system: You are a helpful assistant.
user:
Analyze the provided spectrum to determine if it is a **Carbon Star (C-type)**.

- **Key Visual Indicators of Carbon Star:**
    - **(Primary):** Strong molecular absorption from **C₂ (diatomic carbon) "Swan Bands."** This is the **defining feature** of a carbon star.
        - **(Key Bandheads):** Sharp absorption edges are visible at approximately $5635$ Å, $5165$ Å (the strongest band), and $4737$ Å.
        - **(Line Profile):** Creates a distinct **"saw-tooth"** pattern. The key morphology is a sharp, steep bandhead on the **red (long-wavelength) side**, which then gradually tapers off (i.e., flux recovers) towards the **blue (short-wavelength) side**. *(This is the direct opposite of the TiO bands seen in M-type stars)*.

    - **(Secondary):** Intense **CN (cyanogen)** molecular absorption bands.
        - **(Key Bandheads):** Located in the blue and violet regions of the spectrum (e.g., near $4215$ Å and $3883$ Å).
        - **(Morphology):** These bands are extremely broad and act as a "blanket," absorbing the vast majority of blue and violet light. This creates a characteristic **"cliff"** or **"steep drop-off"** in the spectrum's flux at short wavelengths.

    - **(Key Confirmation):** Strong **CH absorption band (G-band)**.
        - **(Key Bandhead):** Located around $4300$ Å. The contribution from CH molecules to this band is exceptionally strong.

    - **(Overall Spectrum):**
        - The continuum is severely "chopped up" by these deep molecular bands, especially C₂, rather than appearing as a smooth curve.
        - Due to the heavy CN and C₂ absorption in the blue-green, the vast majority of the star's flux is concentrated in the red part of the spectrum, giving the star its characteristic deep red color.

Think first, call **spectral_visualization_tool** if needed to examine features in detail, then provide your final answer. Your response must adhere to the following strict rules:
1.  **Overall Structure:** Your response must follow the format `<think>...</think> <tool_call>...</tool_call> (if a tool is used) <answer>...</answer>`.
2.  **Tool Usage Constraint:** You may only make **one** tool call per turn.
3.  **Final Answer Format:** In the `<answer>` tag, your conclusion must be inside a `\boxed{}` command (e.g., `\boxed{YES}`), followed by your justification.

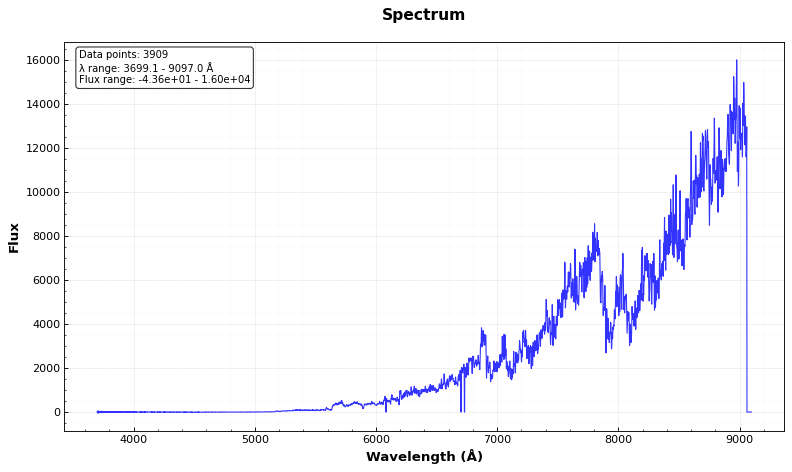
Answer: YES